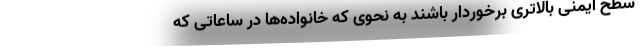
سطح ایمنی بالاتری برخوردار باشند به نحوی که خانواده‌ها در ساعاتی که